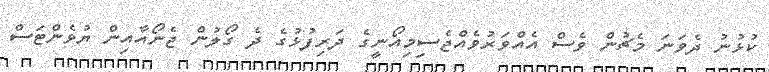
ކުޅުނު ދެވަނަ މެޗުން ވެސް އެއްވަރުވެއްޖެސިމިއޯނީގެ ދަރިފުޅުގެ ދެ ގޯލުން ޖެނޯއާއިން ޔުވެންޓަސް